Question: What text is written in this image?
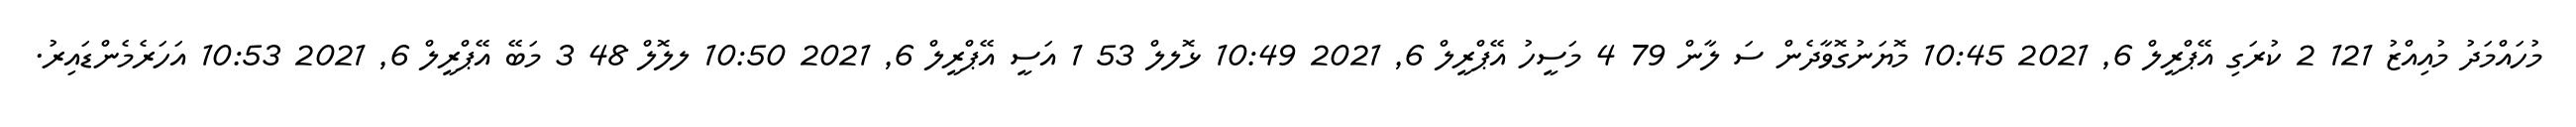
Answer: މުހައްމަދު މުއިއްޒު 121 2 ކުރަގި އޭޕްރީލް 6, 2021 10:45 މޮޔަނުގޮވާދެން ސަ ލާން 79 4 މަސީހު އޭޕްރީލް 6, 2021 10:49 ޅޮލލް 53 1 އަސީ އޭޕްރީލް 6, 2021 10:50 ލލޮލް 48 3 މަބޭ އޭޕްރީލް 6, 2021 10:53 އަހަރެމެންޑައިރު.